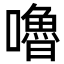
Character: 嚕